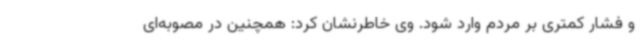
و فشار کمتری بر مردم وارد شود. وی خاطرنشان کرد: همچنین در مصوبه‌ای